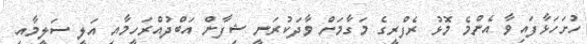
ހުށަހަޅާފައިވާ އެންމެ މޮޅު ރެފްރީގެ މަގާމަށް ވާދަކުރަނީ ޝިފާން އަބްދުއްރަހީމާއި އަލީ ސަލީމާއި